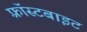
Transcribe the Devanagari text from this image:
फ़्रॉस्टबाइट